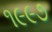
૧૯૯૭